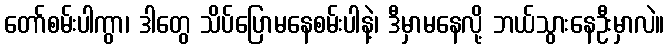
တော်စမ်းပါကွာ၊ ဒါတွေ သိပ်ပြောမနေစမ်းပါနဲ့၊ ဒီမှာမနေလို့ ဘယ်သွားနေဦးမှာလဲ။